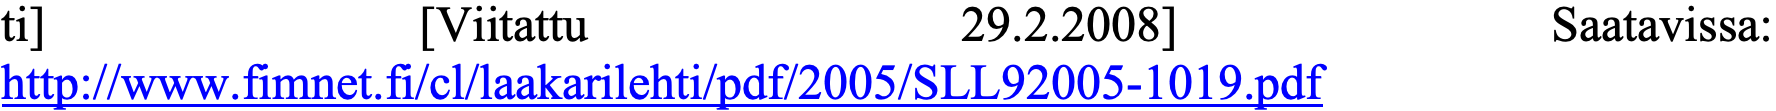
ti]          [Viitattu         29.2.2008]          Saatavissa: http://www.fimnet.fi/cl/laakarilehti/pdf/2005/SLL92005-1019.pdf